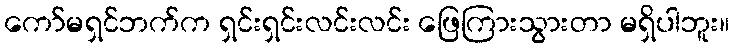
ကော်မရှင်ဘက်က ရှင်းရှင်းလင်းလင်း ဖြေကြားသွားတာ မရှိပါဘူး။